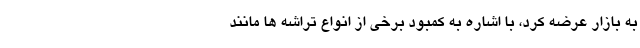
به بازار عرضه کرد، با اشاره به کمبود برخی از انواع تراشه ها مانند